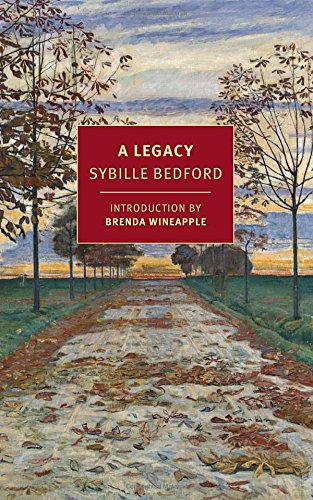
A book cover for A Legacy (New York Review Books Classics); Sybille Bedford; Literature & Fiction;